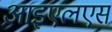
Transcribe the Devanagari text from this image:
आइएलएस